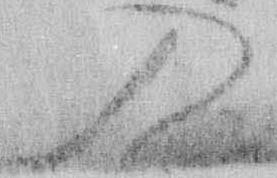
入